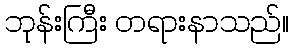
ဘုန်းကြီး တရားနာသည်။